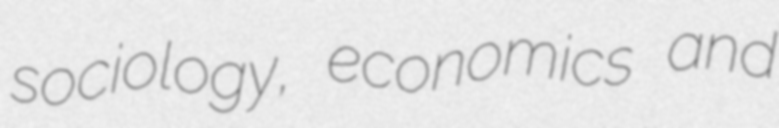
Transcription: sociology, economics and